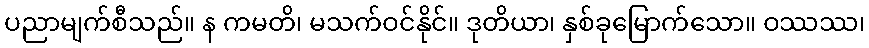
ပညာမျက်စီသည်။ န ကမတိ၊ မသက်ဝင်နိုင်။ ဒုတိယာ၊ နှစ်ခုမြောက်သော။ ဝဿဿ၊